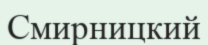
Смирницкий